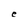
Character: e